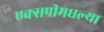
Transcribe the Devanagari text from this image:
एक्सपीमधल्या